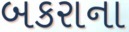
બકરાના